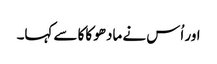
اور اُس نے مادھو کاکا سے کہا۔